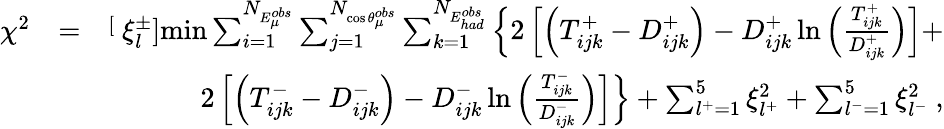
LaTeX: \begin{array}{rlr}{\chi^{2}}&{=}&{{\stackrel[\displaystyle{\xi_{l}^{\pm}}]{\mathrm{min}}}\sum_{i=1}^{N_{E_{\mu}^{obs}}}\sum_{j=1}^{N_{\cos\theta_{\mu}^{obs}}}\sum_{k=1}^{N_{E_{had}^{obs}}}\left\{ 2\left[\left(T_{ijk}^{+}-D_{ijk}^{+}\right)-D_{ijk}^{+}\ln\left(\frac{T_{ijk}^{+}}{D_{ijk}^{+}}\right)\right]+\right.}\\ &{}&{\left.2\left[\left(T_{ijk}^{-}-D_{ijk}^{-}\right)-D_{ijk}^{-}\ln\left(\frac{T_{ijk}^{-}}{D_{ijk}^{-}}\right)\right]\right\} +\sum_{l^{+}=1}^{5}\xi_{l^{+}}^{2}+\sum_{l^{-}=1}^{5}\xi_{l^{-}}^{2}~,}\end{array}